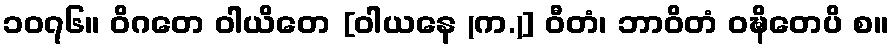
၁၀၇၆။ ဝိဂတေ ဝါယိတေ [ဝါယနေ (က.)] ဝီတံ၊ ဘာဝိတံ ဝဍ္ဎိတေပိ စ။